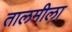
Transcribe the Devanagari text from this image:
तालमीला